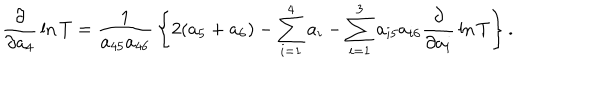
LaTeX: { \frac { \partial } { \partial a _ { 4 } } } \ln T = { \frac { 1 } { a _ { 4 5 } a _ { 4 6 } } } \left\{ 2 ( a _ { 5 } + a _ { 6 } ) - \sum _ { i = 1 } ^ { 4 } a _ { i } - \sum _ { i = 1 } ^ { 3 } a _ { i 5 } a _ { i 6 } { \frac { \partial } { \partial a _ { i } } } \ln T \right\} .